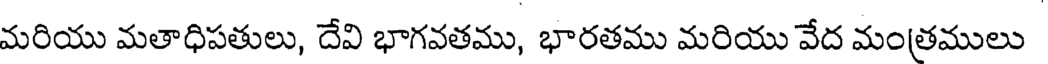
మరియు మతాధిపతులు, దేవి భాగవతము, భారతము మరియు వేద మంత్రములు